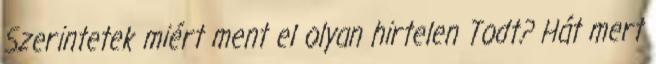
Szerintetek miért ment el olyan hirtelen Todt? Hát mert